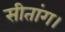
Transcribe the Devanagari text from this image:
सीतांग।